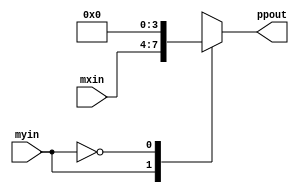
module ppgen4x1 (mxin, myin, ppout);
    input [3:0] mxin;
    input myin;
    output reg [3:0] ppout;
    always @ (mxin or myin)
        begin
            case (myin)
                1'b1 : ppout = mxin;
                1'b0 : ppout = 4'b0;
            endcase
        end
endmodule